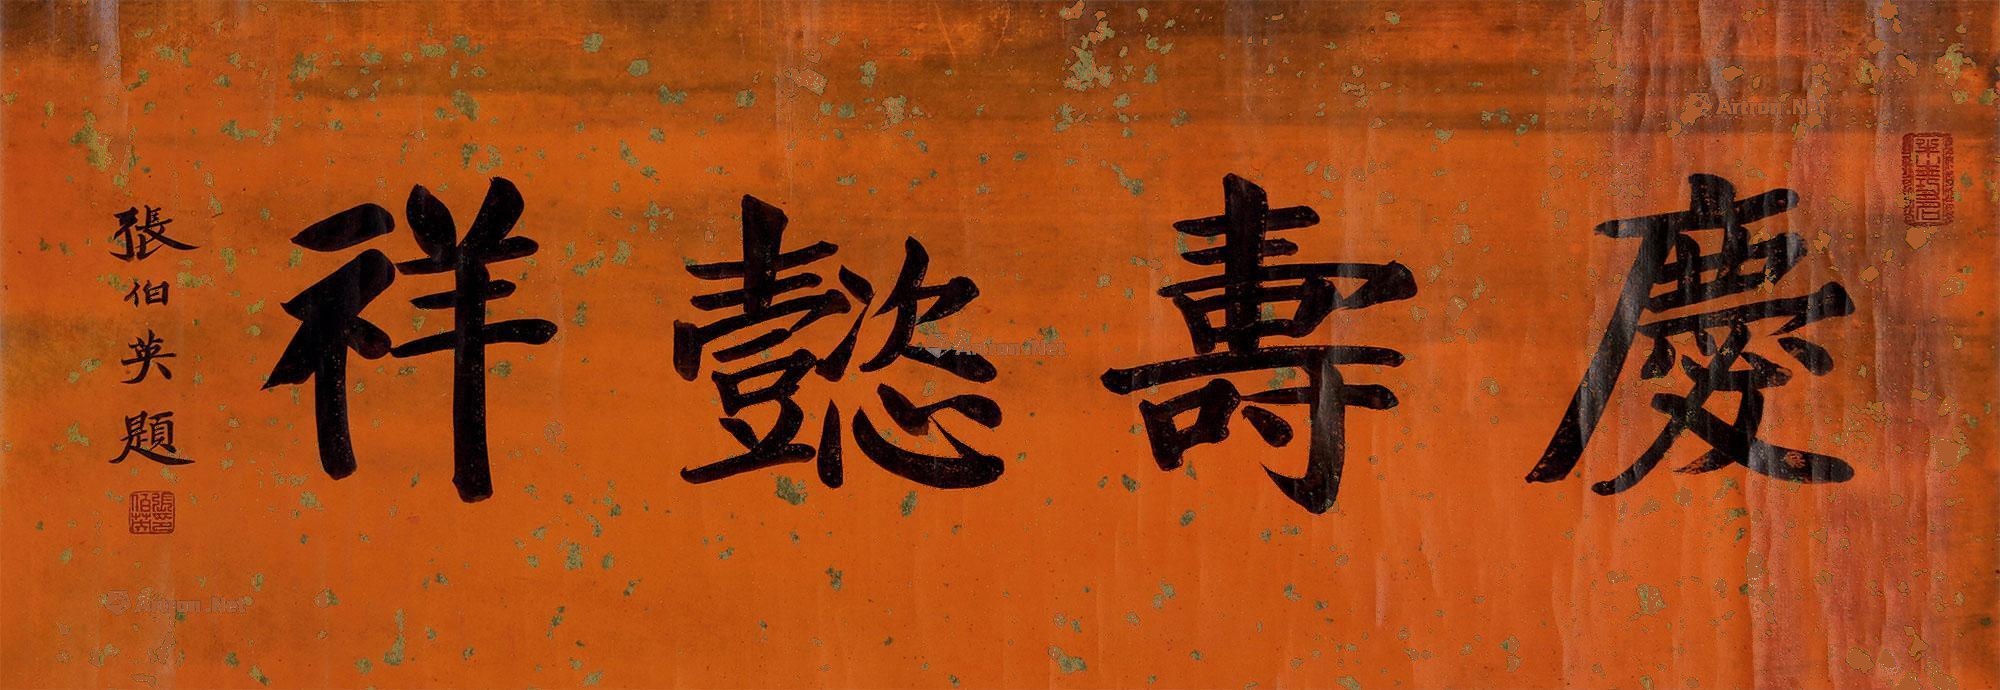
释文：庆寿懿祥张伯英题。